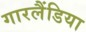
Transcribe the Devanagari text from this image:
गारलैंडिया